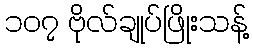
၁၀၇ ဗိုလ်ချုပ်ဖြိုးသန့်